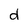
Character: d